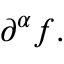
\partial ^ { \alpha } f .